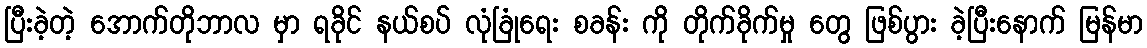
ပြီးခဲ့တဲ့ အောက်တိုဘာလ မှာ ရခိုင် နယ်စပ် လုံခြုံရေး စခန်း ကို တိုက်ခိုက်မှု တွေ ဖြစ်ပွား ခဲ့ပြီးနောက် မြန်မာ